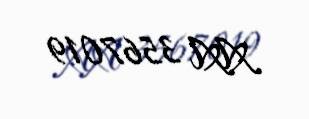
AA 3567019